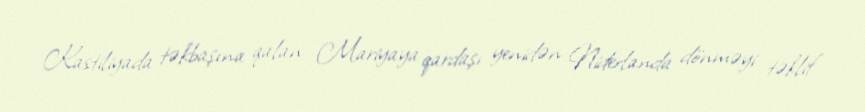
Kastiliyada təkbaşına qalan Mariyaya qardaşı yenidən Niderlanda dönməyi təklif